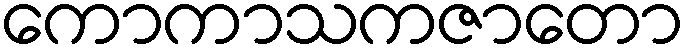
ကောကာသကဇာတော